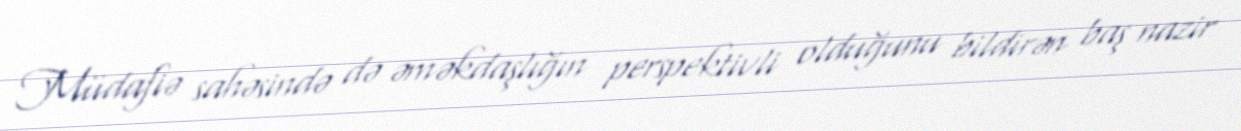
Müdafiə sahəsində də əməkdaşlığın perspektivli olduğunu bildirən baş nazir